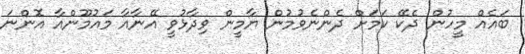
ބައެއް މީހުން ދެކޭ ކަމަށް ދެންނެވުމުން ޔާމީން ވިދާޅުވީ އޭނާއާ މައުމޫންއާ އޮންނަ